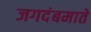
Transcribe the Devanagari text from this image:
जगदंबमाते